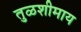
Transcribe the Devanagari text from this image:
तुळशीमाय